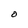
Character: O